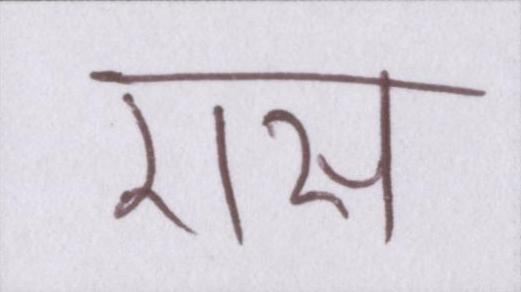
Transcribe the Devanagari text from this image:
रास